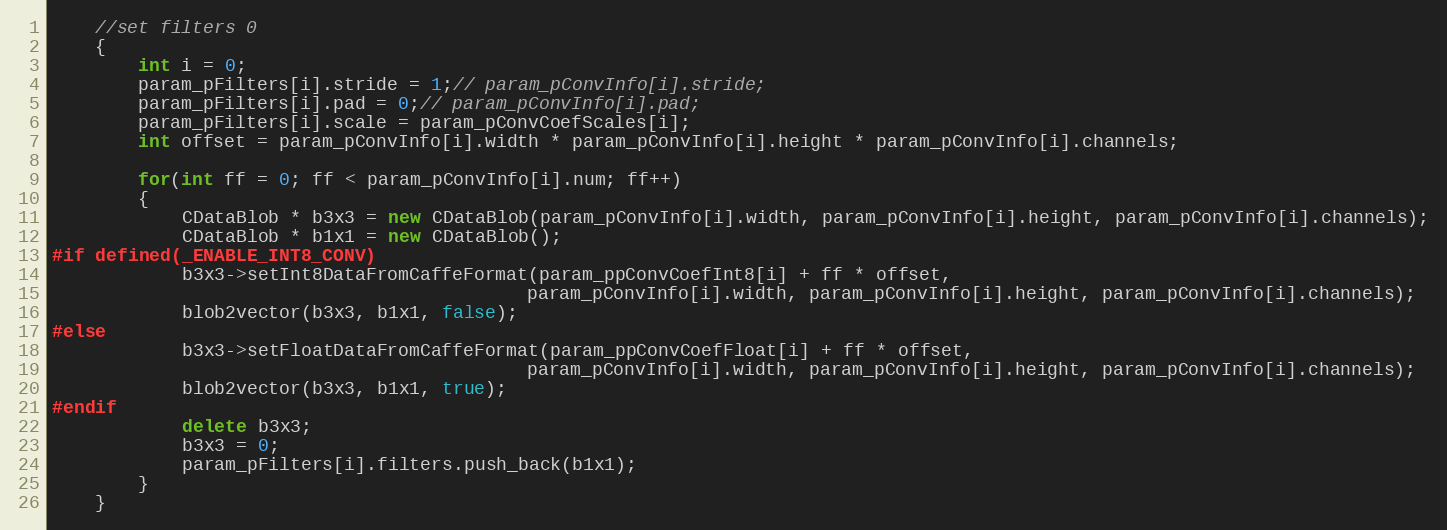
Language: C++
    //set filters 0
    {
        int i = 0;
        param_pFilters[i].stride = 1;// param_pConvInfo[i].stride;
        param_pFilters[i].pad = 0;// param_pConvInfo[i].pad;
        param_pFilters[i].scale = param_pConvCoefScales[i];
        int offset = param_pConvInfo[i].width * param_pConvInfo[i].height * param_pConvInfo[i].channels;

        for(int ff = 0; ff < param_pConvInfo[i].num; ff++)
        {
            CDataBlob * b3x3 = new CDataBlob(param_pConvInfo[i].width, param_pConvInfo[i].height, param_pConvInfo[i].channels);
            CDataBlob * b1x1 = new CDataBlob();
#if defined(_ENABLE_INT8_CONV)
            b3x3->setInt8DataFromCaffeFormat(param_ppConvCoefInt8[i] + ff * offset,
                                            param_pConvInfo[i].width, param_pConvInfo[i].height, param_pConvInfo[i].channels);
            blob2vector(b3x3, b1x1, false);
#else
            b3x3->setFloatDataFromCaffeFormat(param_ppConvCoefFloat[i] + ff * offset,
                                            param_pConvInfo[i].width, param_pConvInfo[i].height, param_pConvInfo[i].channels);
            blob2vector(b3x3, b1x1, true);
#endif
            delete b3x3;
            b3x3 = 0;
            param_pFilters[i].filters.push_back(b1x1);
        }
    }